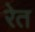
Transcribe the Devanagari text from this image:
रेेत